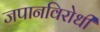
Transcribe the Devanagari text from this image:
जपानविरोधी